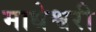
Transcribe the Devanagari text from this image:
माधेश्वरी